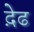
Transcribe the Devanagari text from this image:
द़ेढ